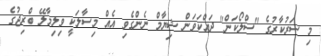
މި ސަރުކާރުގެ "ސްލޯކަން" ދައްކަވަން ޝިޔާމް ނެންގެވި އެއް މިސާލަކީ ވިލިމާލޭ ބްރިޖުގެ